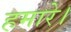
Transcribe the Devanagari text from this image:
हमारे।